system: You are a helpful assistant.
user:
Analyze the provided spectrum to determine if it is a **"Cataclysmic Variables (CV)"**.

- **Key Indicators for CV (Check for either state):**
    - **State 1: Quiescent / Low-State (Emission-Dominated)**
        - **(Primary):** Strong and *very broad* Hydrogen Balmer emission lines (e.g., $H\alpha$ at 6563 Å, $H\beta$ at 4861 Å). The 'broadness' (high velocity dispersion, often FWHM > 1000 km/s) is the key diagnostic, indicating a high-velocity accretion disk.
        - **(Secondary):** Broad neutral Helium (He I) emission lines (e.g., 5876 Å, 6678 Å).
        - **(Key Confirmation):** Presence of high-excitation *ionized* Helium (He II) emission at 4686 Å. This is a strong indicator of accretion onto a white dwarf.
        - **(Line Profile):** Emission lines may exhibit a 'double-peaked' profile, which is a classic signature of a rotating accretion disk viewed at high inclination.

    - **State 2: Outburst / High-State (Absorption-Dominated)**
        - **(Primary):** Spectrum is dominated by a bright, blue continuum (looks like a hot star).
        - **(Secondary):** The emission lines from State 1 are weak, absent, or 'filled in', and are replaced by broad, shallow *absorption* lines (primarily Balmer and He I).
        - **(Morphology):** The overall spectrum mimics a hot B/A-type star. The crucial difference is that the absorption lines are significantly broader, shallower, and more 'washed-out' (or 'smeared') than the sharp lines of a normal stellar photosphere, due to high rotational speeds and pressure broadening in the disk.

Think first, call **spectral_visualization_tool** if needed to examine features in detail, then provide your final answer. Your response must adhere to the following strict rules:
1.  **Overall Structure:** Your response must follow the format `<think>...</think> <tool_call>...</tool_call> (if a tool is used) <answer>...</answer>`.
2.  **Tool Usage Constraint:** You may only make **one** tool call per turn.
3.  **Final Answer Format:** In the `<answer>` tag, your conclusion must be inside a `\boxed{}` command (e.g., `\boxed{YES}`), followed by your justification.

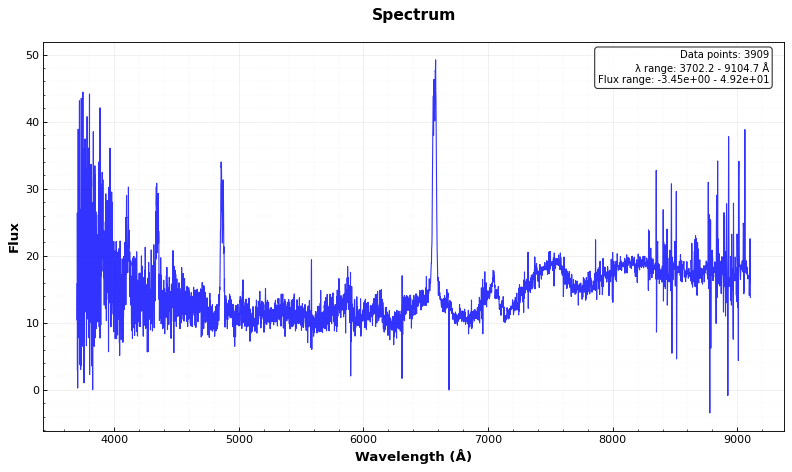
Answer: YES